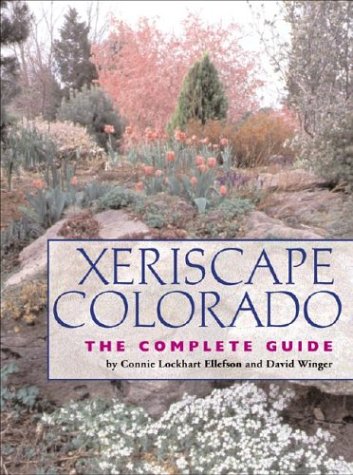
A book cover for Xeriscape Colorado: The Complete Guide; Connie Lockhart Ellefson; Crafts, Hobbies & Home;